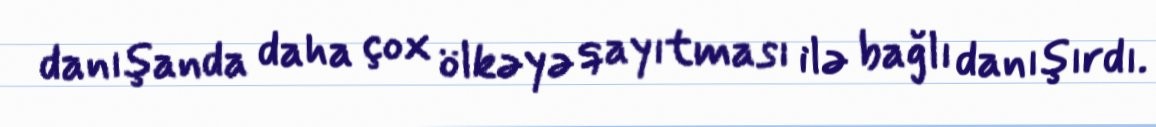
danışanda daha çox ölkəyə qayıtması ilə bağlı danışırdı.